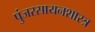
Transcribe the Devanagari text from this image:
पुंजरसायनशास्त्र